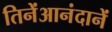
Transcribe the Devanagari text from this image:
तिनेंआनंदानें